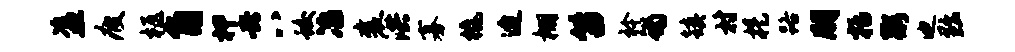
盗疲柩角柙兴八蛟冶襄洪寡橇迨棚笛衿蝎镇村提路朋括粥迪黜